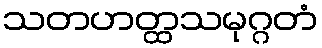
သတဟတ္ထသမုဂ္ဂတံ